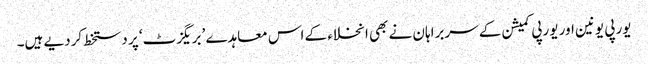
یورپی یونین اور یورپی کمیشن کے سربراہان نے بھی انخلاء کے اس معاہدے ’بریگزٹ‘ پر دستخط کردیے ہیں۔